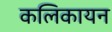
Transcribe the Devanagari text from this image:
कलिकायन